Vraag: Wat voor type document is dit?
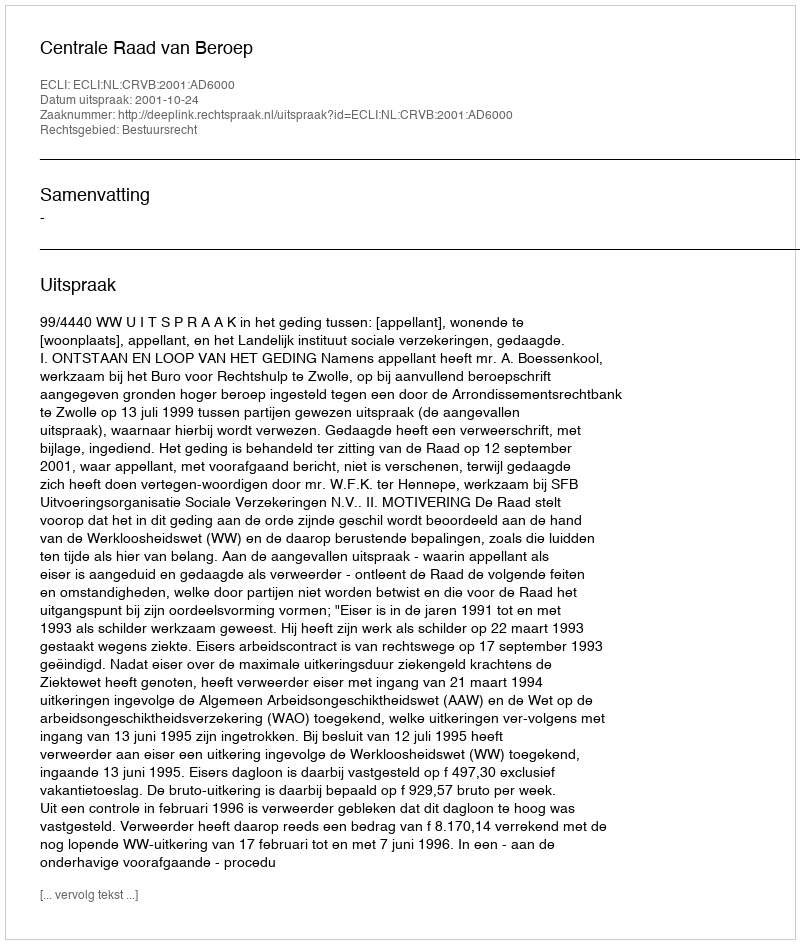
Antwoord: Uitspraak